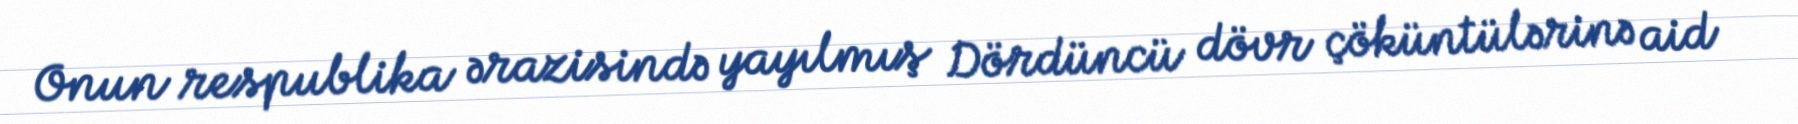
Onun respublika ərazisində yayılmış Dördüncü dövr çöküntülərinə aid